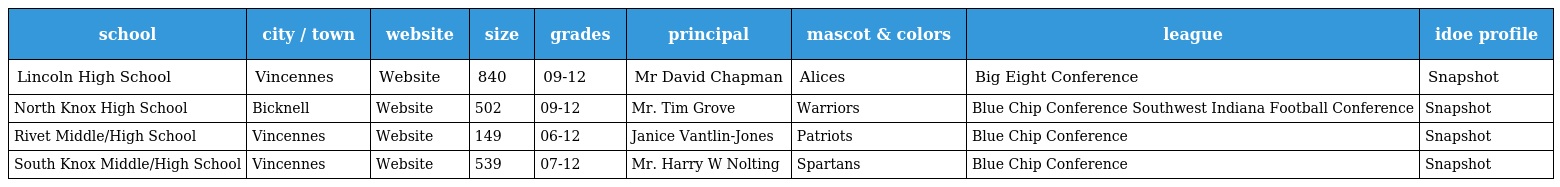
| school | city / town | website | size | grades | principal | mascot & colors | league | idoe profile |
 | --- | --- | --- | --- | --- | --- | --- | --- | --- |
 | Lincoln High School | Vincennes | Website | 840 | 09-12 | Mr David Chapman | Alices | Big Eight Conference | Snapshot |
 | North Knox High School | Bicknell | Website | 502 | 09-12 | Mr. Tim Grove | Warriors | Blue Chip Conference Southwest Indiana Football Conference | Snapshot |
 | Rivet Middle/High School | Vincennes | Website | 149 | 06-12 | Janice Vantlin-Jones | Patriots | Blue Chip Conference | Snapshot |
 | South Knox Middle/High School | Vincennes | Website | 539 | 07-12 | Mr. Harry W Nolting | Spartans | Blue Chip Conference | Snapshot |